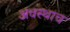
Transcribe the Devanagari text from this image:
अवस्थाच